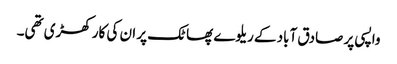
واپسی پر صادق آباد کے ریلوے پھاٹک پر ان کی کار کھڑی تھی۔